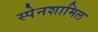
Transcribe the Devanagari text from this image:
स्पेनशामिल